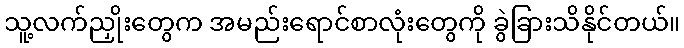
သူ့လက်ညှိုးတွေက အမည်းရောင်စာလုံးတွေကို ခွဲခြားသိနိုင်တယ်။